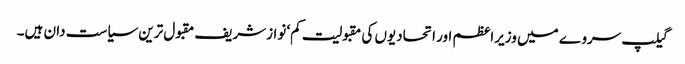
گیلپ سروے میں وزیراعظم اور اتحادیوں کی مقبولیت کم‘ نوازشریف مقبول ترین سیاست دان ہیں۔